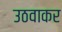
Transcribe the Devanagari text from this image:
उठवाकर